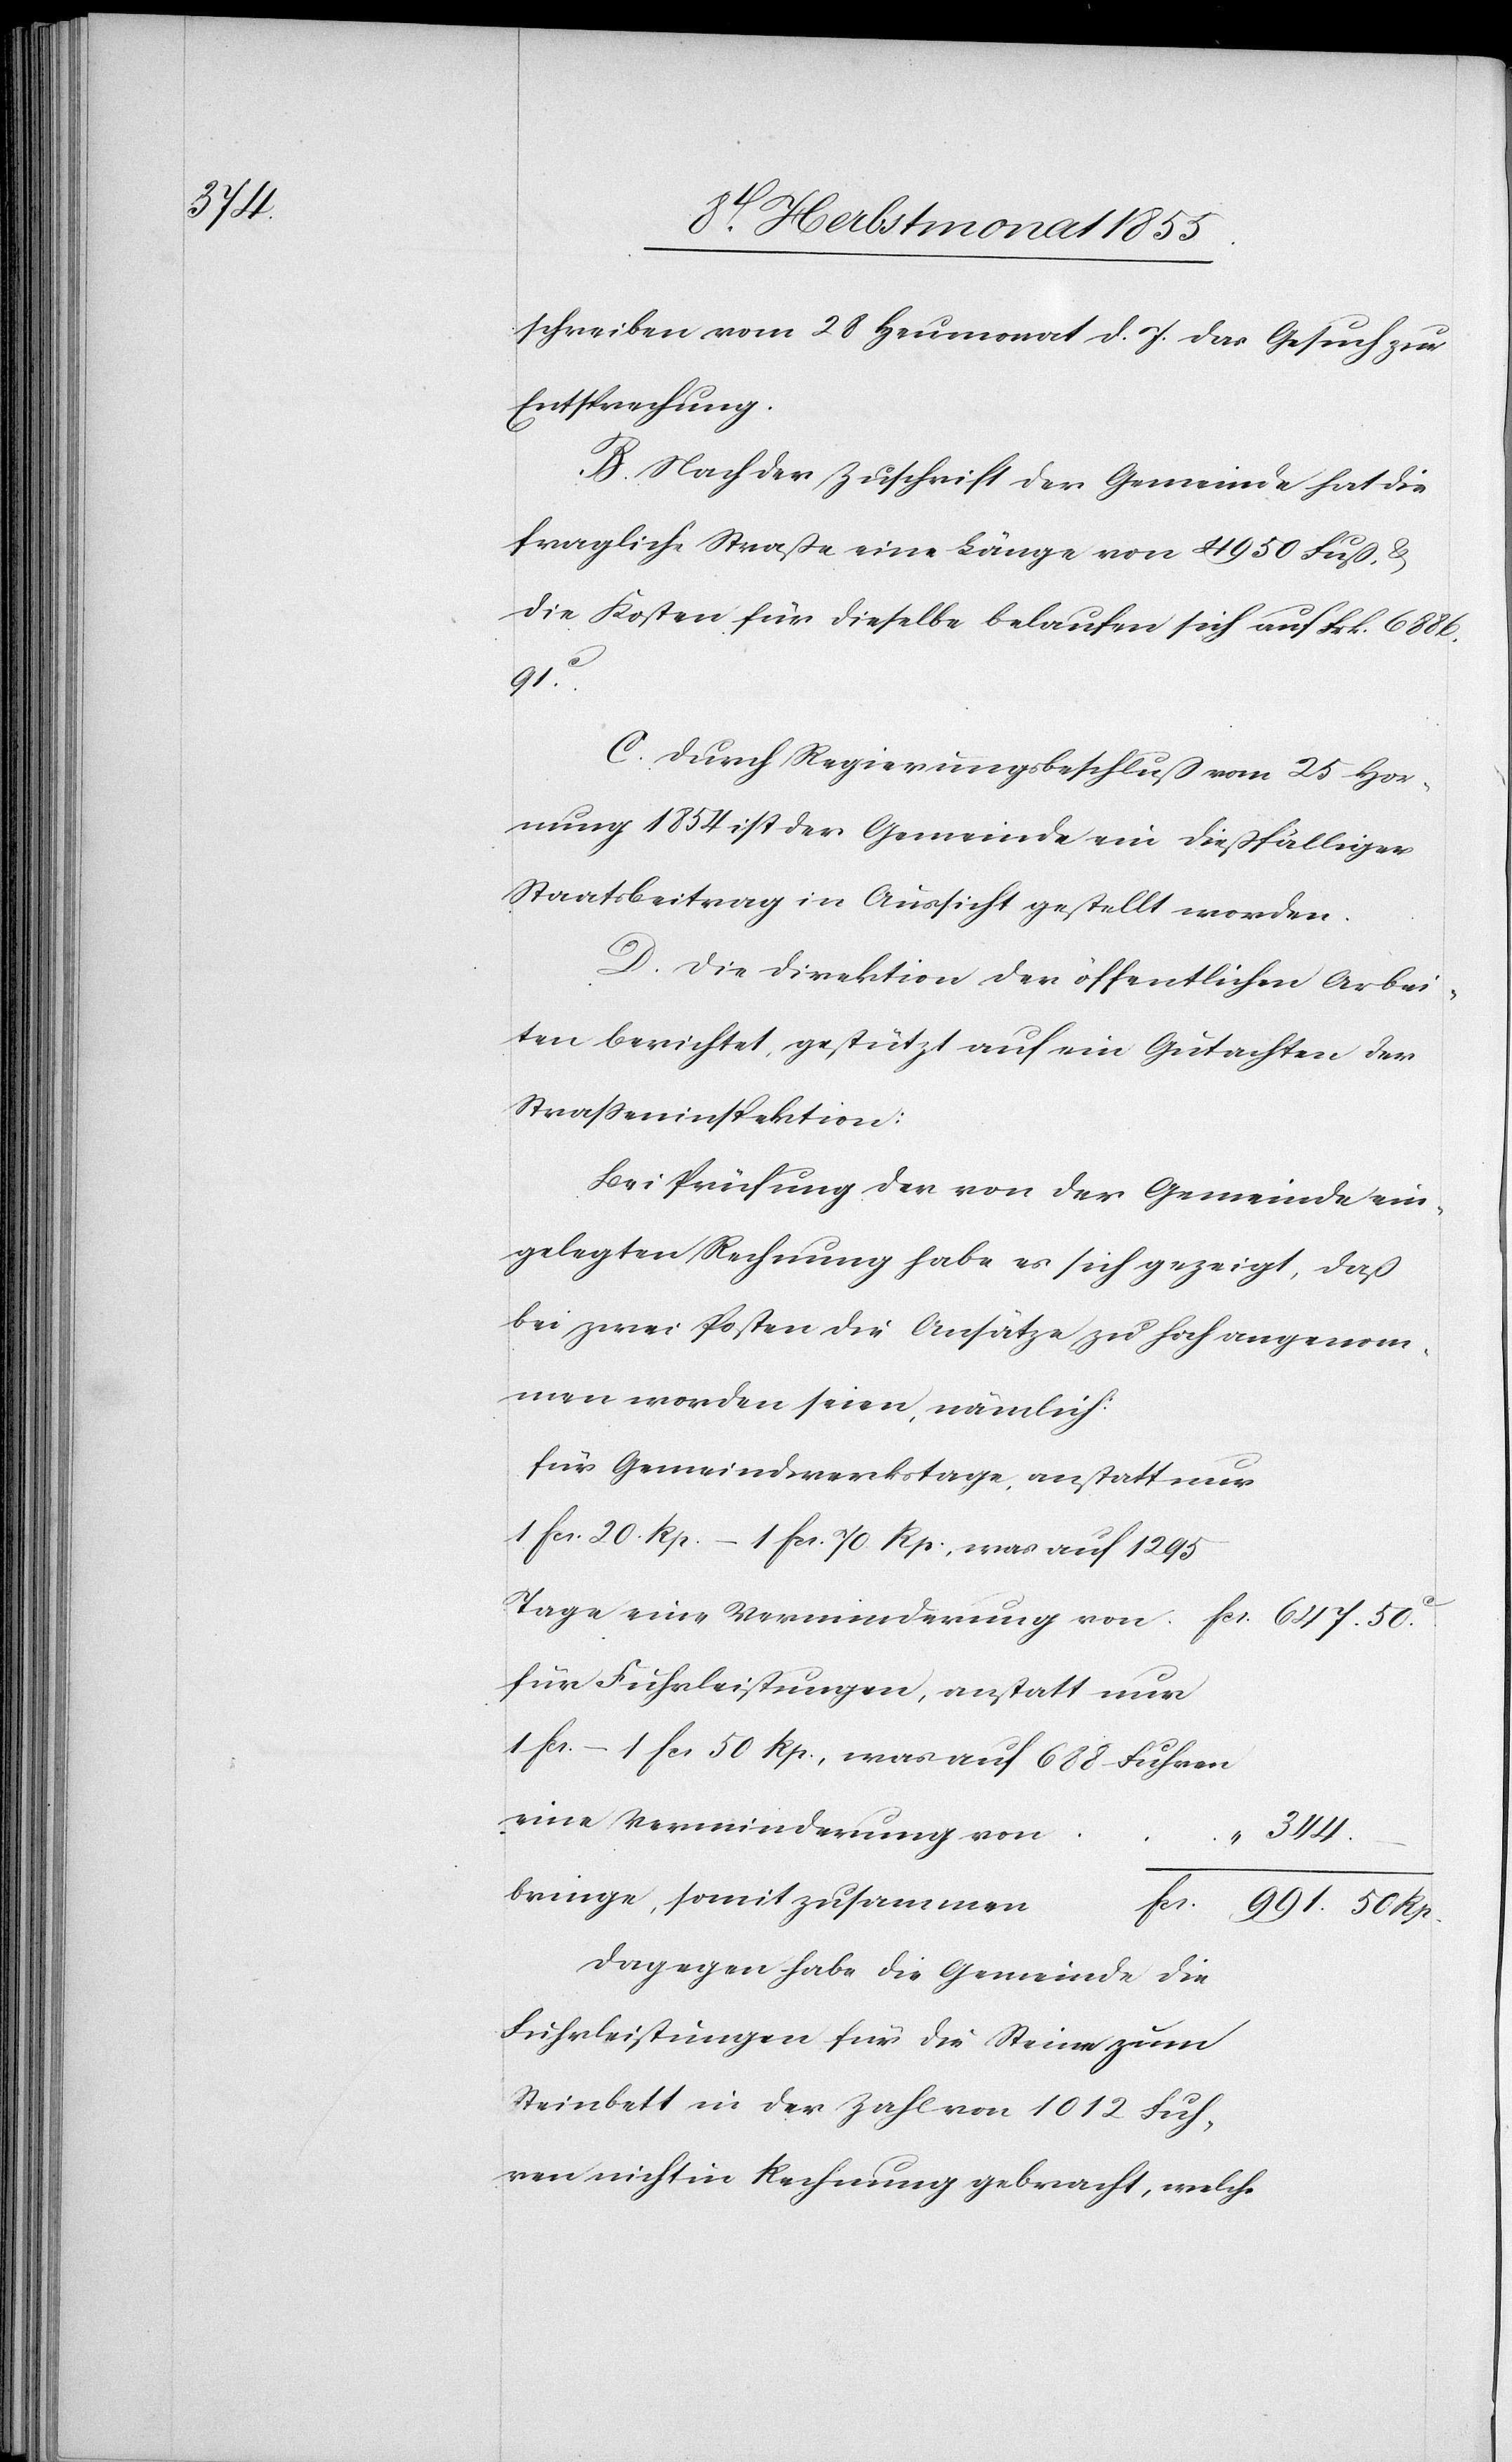
schreiben vom 28 Heumonat d. J. das Gesuch zur
Entsprechung.
B. Nach der Zuschrift der Gemeinde hat die
fragliche Straße eine Länge von 4950 Fuß, &
die Kosten für dieselbe belaufen sich auf Frk. 6886.
91c.
C. Durch Regierungsbeschluß vom 25 Hor¬
nung 1854 ist der Gemeinde ein dießfälliger
Staatsbeitrag in Aussicht gestellt worden.
D. Die Direktion der öffentlichen Arbei¬
ten berichtet, gestützt auf ein Gutachten der
Strasseninspektion:
Bei Prüfung der von der Gemeinde ein¬
gelegten Rechnung habe es sich gezeigt, daß
bei zwei Posten die Ansätze zu hoch angenom¬
men worden seien, nämlich:
für Gemeindwerkstage, anstatt nur
1 Fcs. 20. Rp. – 1 Fcs. 70 Rp., was auf 1295
Tage eine Verminderung von
Fcs. 647. 50c.
für Fuhrleistungen, anstatt nur
1 Fcs. – 1 Fcs 50 Rp., was auf 688 Fuhren
eine Verminderung von
“
344.
–
bringe, somit zusammen
Fcs.
991. 50 Rp.
Dagegen habe die Gemeinde die
Fuhrleistungen für die Steine zum
Steinbett in der Zahl von 1012 Fuh¬
ren nicht in Rechnung gebracht, welche